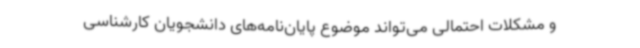
و مشکلات احتمالی می‌تواند موضوع پایان‌نامه‌های دانشجویان کارشناسی